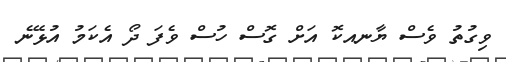
ވިގުތު ވެސް ޔާނއކޮ އަށް ގޮސް ހުސް ވެފަ ދޯ އެކަމު އުޅޭނެ